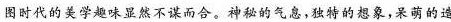
图时代的美学趣味显然不谋面合。神秘的气息，独特的想象，来萌的造